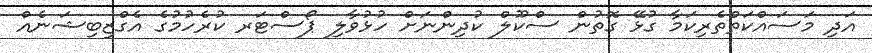
އަދި މަސައްކަތްތެރިކަމާ ގުޅޭ ގޮތުން ސްކޫލް ކުދިންނަށް ހުޅުވާލި ޕޯސްޓަރ ކުރެހުމުގެ އެގްޒިބިޝަނެއް